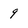
Character: 9